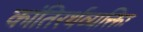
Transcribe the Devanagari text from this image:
कांतिरर्थव्यक्तिः